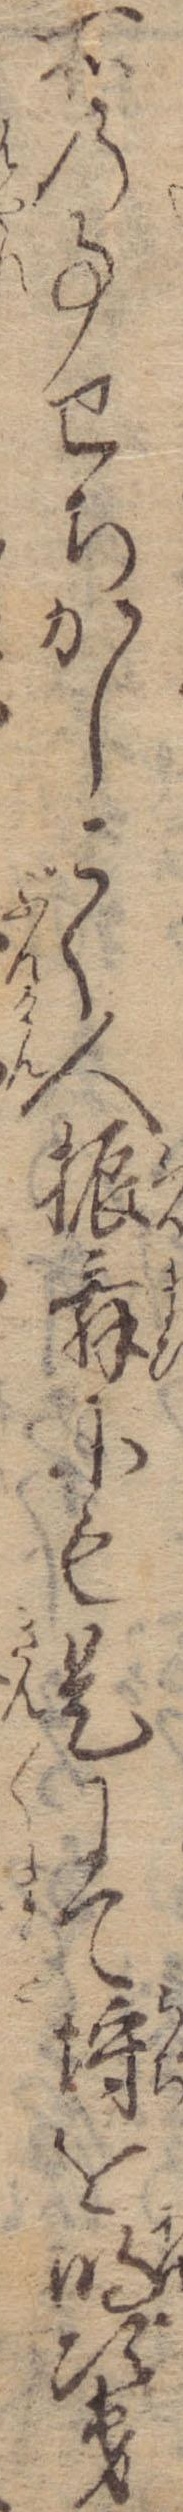
所の事せちかしこく人振舞にも是にて埒を明次第